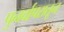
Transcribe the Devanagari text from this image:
पुनर्वापरातून